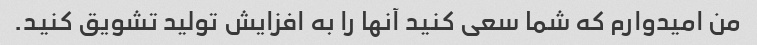
من امیدوارم که شما سعی کنید آنها را به افزایش تولید تشویق کنید.